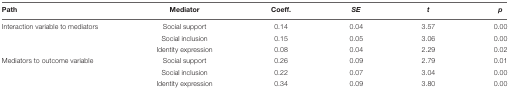
| Path | Mediator | Coeff. | SE | t | p |
 | --- | --- | --- | --- | --- | --- |
 | Interaction variable to mediators | Social support | 0.14 | 0.04 | 3.57 | 0.00 |
 |  | Social inclusion | 0.15 | 0.05 | 3.06 | 0.00 |
 |  | Identity expression | 0.08 | 0.04 | 2.29 | 0.02 |
 | Mediators to outcome variable | Social support | 0.26 | 0.09 | 2.79 | 0.01 |
 |  | Social inclusion | 0.22 | 0.07 | 3.04 | 0.00 |
 |  | Identity expression | 0.34 | 0.09 | 3.80 | 0.00 |